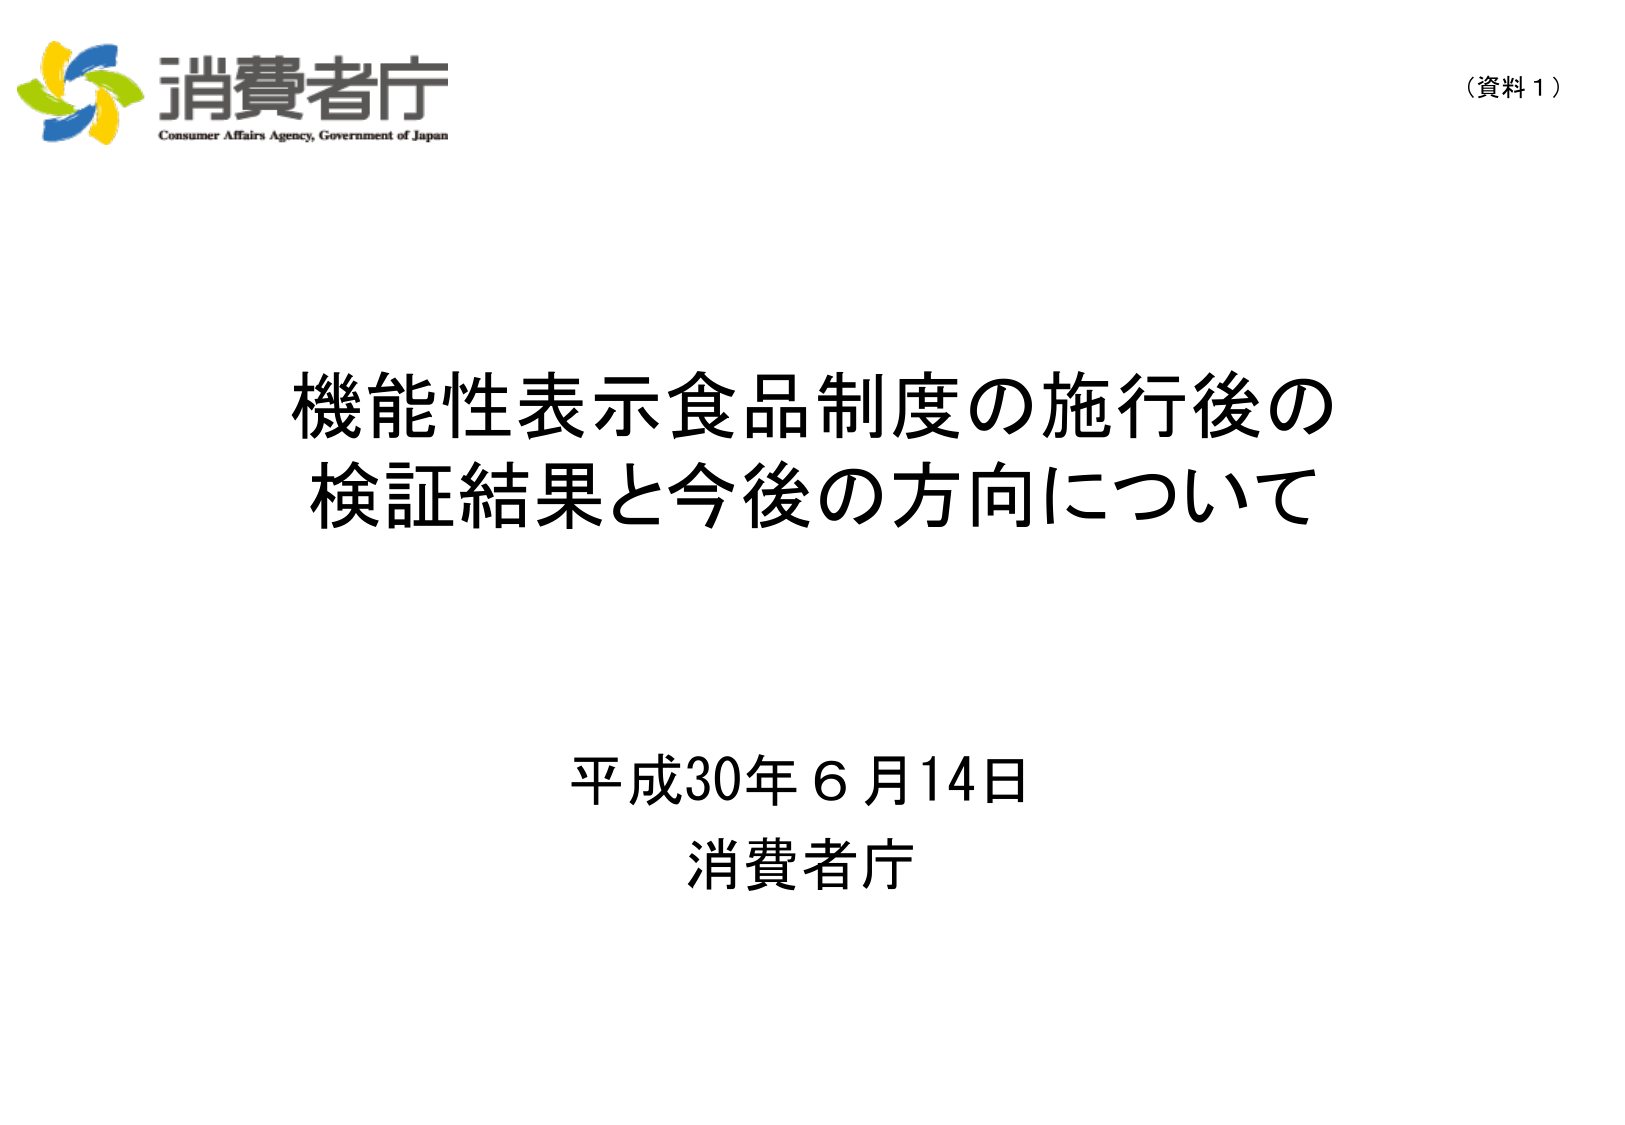
消費者庁
Consumer Affairs Agency, Government of Japan

（資料１）

機能性表示食品制度の施行後の
検証結果と今後の方向について

平成30年６月14日
消費者庁